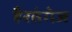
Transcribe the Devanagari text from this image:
हैरतंगेज